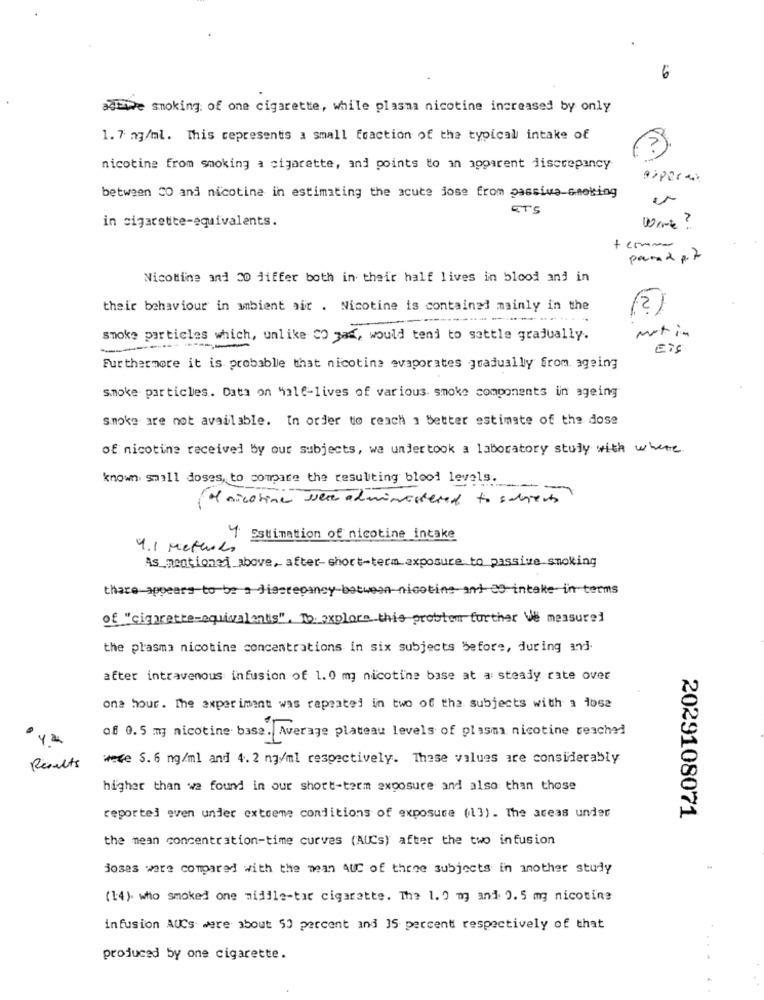
6
adFive smoking of one cigarette, while plasma nicotine increased by only
1. 7 mg/ml. This represents a small fraction of the typical intake of
nicotine from smoking a cigarette, and points to an apparent discrepancy
between CO and nicotine in estimating the acute jose from passiva-smoking
ETS
in cigarette-equivalents.
Warte ?
pand p. 7
Nicotine and 30 jiffer both in their half lives in blood and in
their behaviour in ambient sir . Nicotine is contained mainly in the
(2)
-
smoke particles which, unlike CO gas, would tend to settle gradually.
mot in
--------
Eis
Furthermore it is probable that nicotina evaporates gradually from. ageing
smoke particles. Data on 4316-lives of various smoke components in ageing
smoke are not available. In order to reach : better estimate of the dose
of nicotine received by our subjects, we undertook a laboratory study with where
known small doses to compare the resulting blood levels.
---
a nicotine were administered to sevents
4 Estimation of nicotine intake
4.1 Methods
As mentioned above, after- short-term exposure to passive smoking
thare appears to be a discrepancy-between-nicotine and 00-intake- in terms
of "cigarette-equivalents". To explore this problem further We measure
the plasma nicotine concentrations in six subjects before, during and.
after intravenous infusion of 1. 0 mg nicotine base at a steady rate over
one hour. The experiment was repeated in two of the subjects with a los2
of 0.5 mg nicotine base. Average plateau levels of plasma nicotine reached
were 5.6 ng/ml and 4. 2 ng/ml respectively. These values are considerably
Results
higher than we found in our short-term exposure and also than those
reported even under extreme conditions of exposure (13). The areas under
2029108071
the mean concentration-time curves (AUCs) after the two infusion
josas were compared with the mean AUC of thene subjects in another study
(14)- who smoked one middle-tar cigarette. The 1. 0 mg and 0. 5 mg nicotina
infusion AUCs ware about 50 percent and 35 percent respectively of that
produced by one cigarette.